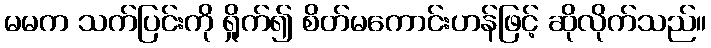
မမက သက်ပြင်းကို ရှိုက်၍ စိတ်မကောင်းဟန်ဖြင့် ဆိုလိုက်သည်။